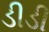
ડીડી